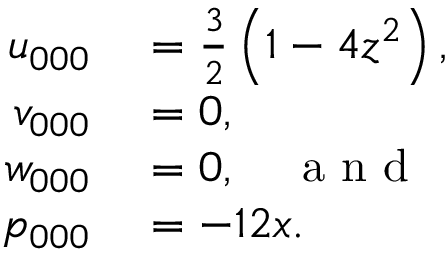
\begin{array} { r l } { u _ { 0 0 0 } } & { { } = \frac { 3 } { 2 } \left( 1 - 4 z ^ { 2 } \right) , } \\ { v _ { 0 0 0 } } & { { } = 0 , } \\ { w _ { 0 0 0 } } & { { } = 0 , \quad \mathrm { ~ a ~ n ~ d ~ } } \\ { p _ { 0 0 0 } } & { { } = - 1 2 x . } \end{array}